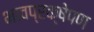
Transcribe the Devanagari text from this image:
भावप्रक्षेपण